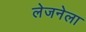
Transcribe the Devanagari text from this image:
लेजनेला